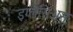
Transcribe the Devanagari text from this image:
इग्लेसिअस